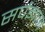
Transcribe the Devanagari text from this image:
सर्पज्ञान